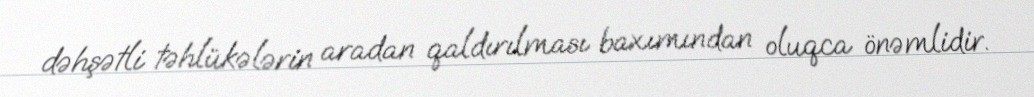
dəhşətli təhlükələrin aradan qaldırılması baxımından oluqca önəmlidir.